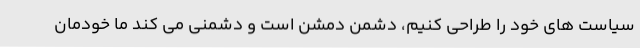
سیاست های خود را طراحی کنیم، دشمن دمشن است و دشمنی می کند ما خودمان